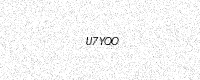
Text: U7YQO